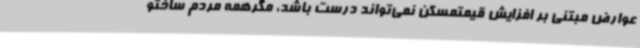
عوارض مبتنی بر افزایش قیمتمسکن نمی‌تواند درست باشد، مگرهمه مردم ساختو